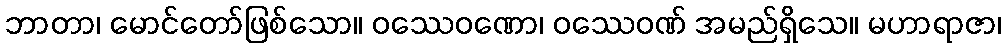
ဘာတာ၊ မောင်တော်ဖြစ်သော။ ဝဿေဝဏော၊ ဝဿေဝဏ် အမည်ရှိသေ။ မဟာရာဇာ၊